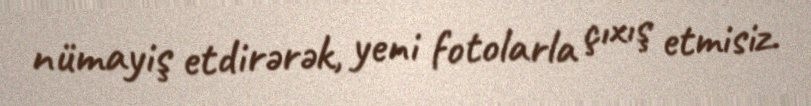
nümayiş etdirərək, yeni fotolarla çıxış etmisiz.